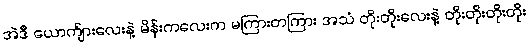
အဲဒီ ယောက်ျားလေးနဲ့ မိန်းကလေးက မကြားတကြား အသံ တိုးတိုးလေးနဲ့ တိုးတိုးတိုးတိုး